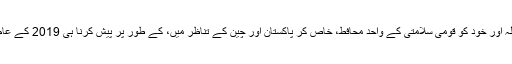
‘یہ صاف ہے کہ گاندھی فیملی پر لگاتار سخت حملہ اور خود کو قومی سلامتی کے واحد محافط، خاص کر پاکستان اور چین کے تناظر میں، کے طور پر پیش کرنا ہی 2019 کے عام انتخابات کے لئے مودی کا سب سے بڑا داؤ ہوگا۔